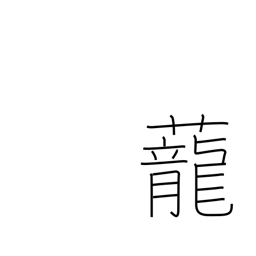
Meaning: dragon grass